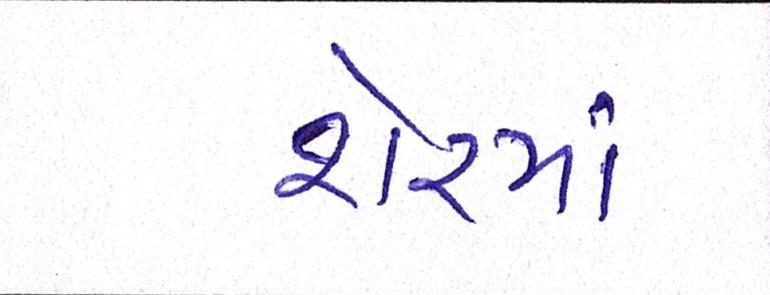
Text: શેરમાં